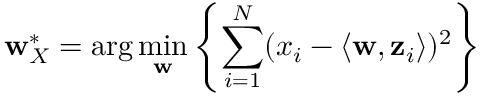
\mathbf { w } _ { X } ^ { * } = \arg \operatorname* { m i n } _ { \mathbf { w } } \left\{ \sum _ { i = 1 } ^ { N } ( x _ { i } - \langle \mathbf { w } , \mathbf { z } _ { i } \rangle ) ^ { 2 } \right\}